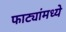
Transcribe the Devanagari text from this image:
फाट्यांमध्ये